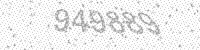
Solution: 949889